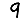
Digit: 9